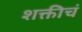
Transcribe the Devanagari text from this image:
शक्तीचं